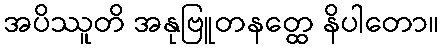
အပိဿူတိ အနုဗြူတနတ္ထေ နိပါတော။